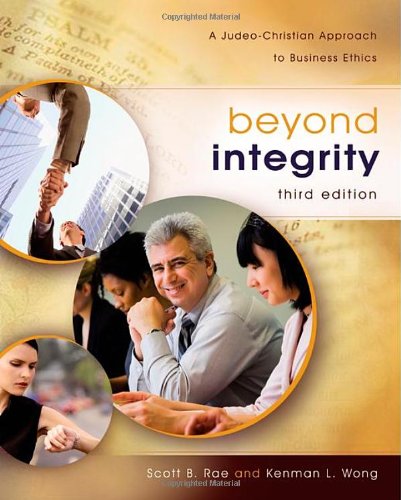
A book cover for Beyond Integrity: A Judeo-Christian Approach to Business Ethics; Scott Rae; Business & Money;